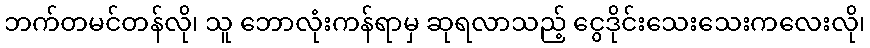
ဘက်တမင်တန်လို၊ သူ ဘောလုံးကန်ရာမှ ဆုရလာသည့် ငွေဒိုင်းသေးသေးကလေးလို၊